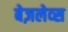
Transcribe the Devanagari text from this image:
बेज़लेव्स